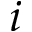
i